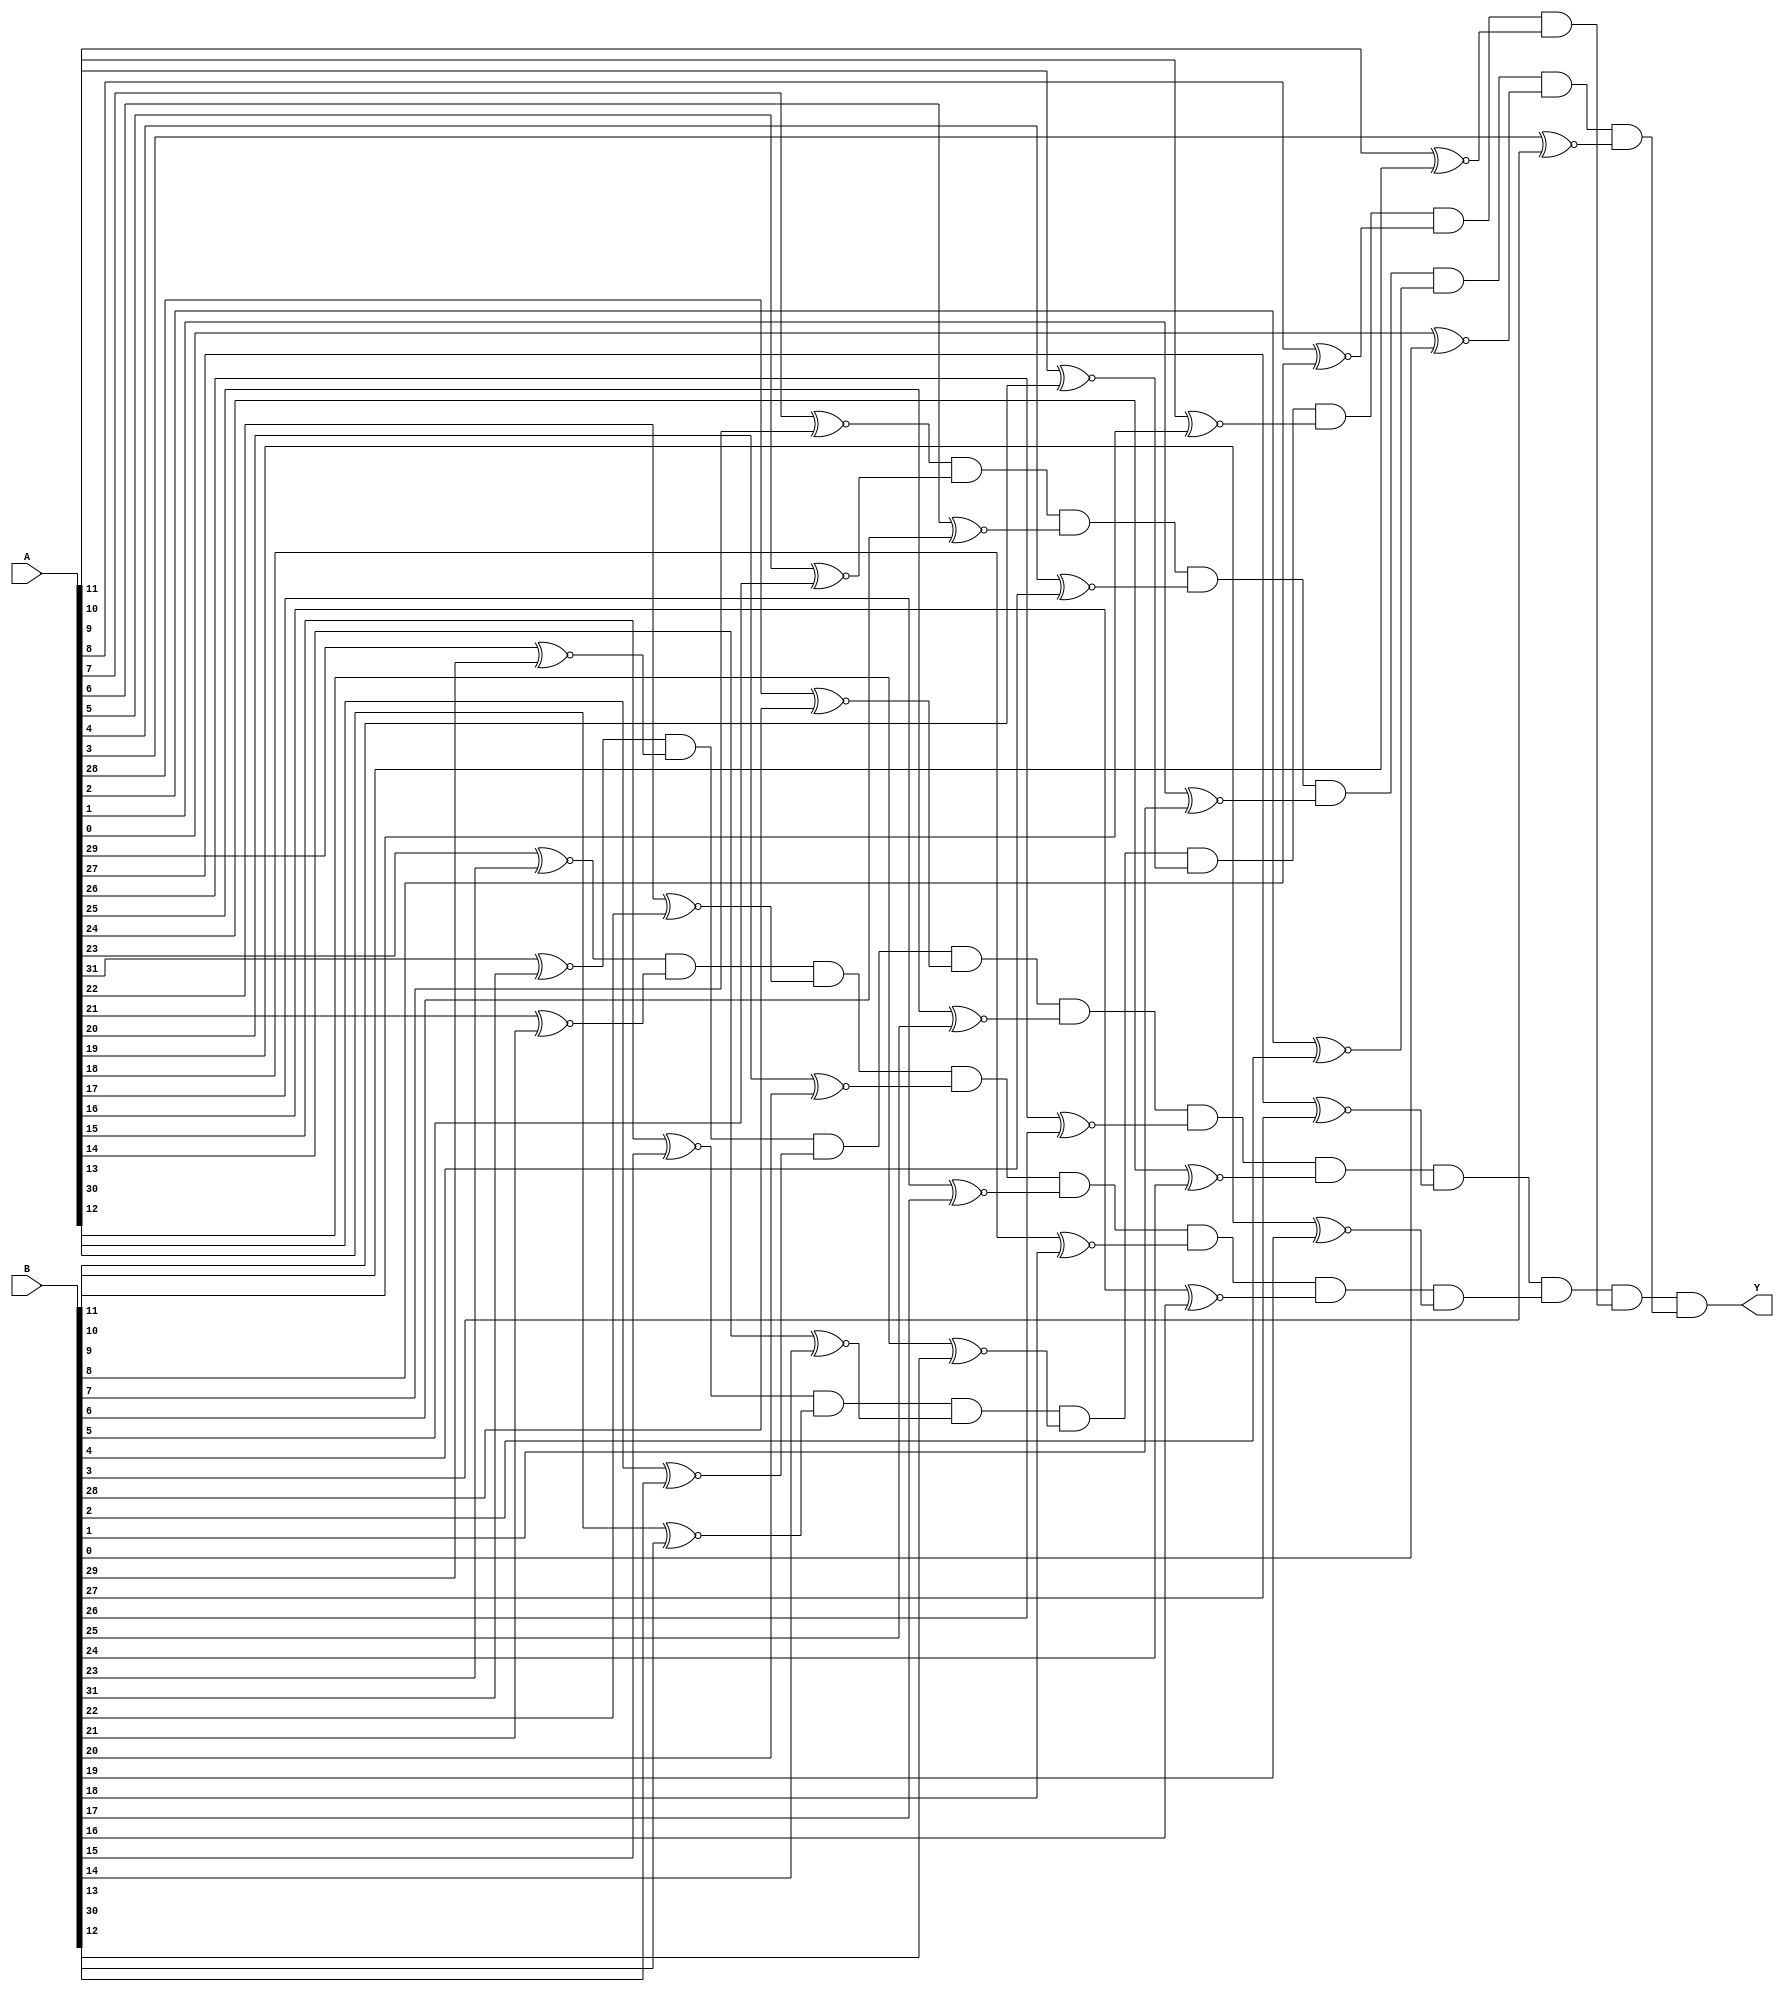
// This program was cloned from: https://github.com/FIUSCIS-CDA/CPU_Pipelined
// License: MIT License

// Copyright (C) 2020  Intel Corporation. All rights reserved.
// Your use of Intel Corporation's design tools, logic functions 
// and other software and tools, and any partner logic 
// functions, and any output files from any of the foregoing 
// (including device programming or simulation files), and any 
// associated documentation or information are expressly subject 
// to the terms and conditions of the Intel Program License 
// Subscription Agreement, the Intel Quartus Prime License Agreement,
// the Intel FPGA IP License Agreement, or other applicable license
// agreement, including, without limitation, that your use is for
// the sole purpose of programming logic devices manufactured by
// Intel and sold by Intel or its authorized distributors.  Please
// refer to the applicable agreement for further details, at
// https://fpgasoftware.intel.com/eula.

// PROGRAM		"Quartus Prime"
// VERSION		"Version 20.1.1 Build 720 11/11/2020 SJ Lite Edition"
// CREATED		"Wed Aug 17 11:43:30 2022"

module EQ_32(
	A,
	B,
	Y
);


input wire	[31:0] A;
input wire	[31:0] B;
output wire	Y;

wire	A00EQB00;
wire	A01EQB01;
wire	A02EQB02;
wire	A03EQB03;
wire	A04EQB04;
wire	A05EQB05;
wire	A06EQB06;
wire	A07EQB07;
wire	A08EQB08;
wire	A09EQB09;
wire	A10EQB10;
wire	A11EQB11;
wire	A12EQB12;
wire	A13EQB13;
wire	A14EQB14;
wire	A15EQB15;
wire	A16EQB16;
wire	A17EQB17;
wire	A18EQB18;
wire	A19EQB19;
wire	A20EQB20;
wire	A21EQB21;
wire	A22EQB22;
wire	A23EQB23;
wire	A24EQB24;
wire	A25EQB25;
wire	A26EQB26;
wire	A27EQB27;
wire	A28EQB28;
wire	A29EQB29;
wire	A30EQB30;
wire	A31EQB31;
wire	lower8EQ;
wire	second8EQ;
wire	third8EQ;
wire	upper8EQ;




assign	A31EQB31 = A[31] ~^ B[31];

assign	A22EQB22 = A[22] ~^ B[22];

assign	A21EQB21 = A[21] ~^ B[21];

assign	A20EQB20 = A[20] ~^ B[20];

assign	A19EQB19 = A[19] ~^ B[19];

assign	A18EQB18 = A[18] ~^ B[18];

assign	A17EQB17 = A[17] ~^ B[17];

assign	A16EQB16 = A[16] ~^ B[16];

assign	A15EQB15 = A[15] ~^ B[15];

assign	A14EQB14 = A[14] ~^ B[14];

assign	A13EQB13 = A[13] ~^ B[13];

assign	A30EQB30 = A[30] ~^ B[30];

assign	A12EQB12 = A[12] ~^ B[12];

assign	A11EQB11 = A[11] ~^ B[11];

assign	A10EQB10 = A[10] ~^ B[10];

assign	A09EQB09 = A[9] ~^ B[9];

assign	A08EQB08 = A[8] ~^ B[8];

assign	A07EQB07 = A[7] ~^ B[7];

assign	A06EQB06 = A[6] ~^ B[6];

assign	A05EQB05 = A[5] ~^ B[5];

assign	A04EQB04 = A[4] ~^ B[4];

assign	A03EQB03 = A[3] ~^ B[3];

assign	A28EQB28 = A[28] ~^ B[28];

assign	A02EQB02 = A[2] ~^ B[2];

assign	A01EQB01 = A[1] ~^ B[1];

assign	A00EQB00 = A[0] ~^ B[0];

assign	upper8EQ = A31EQB31 & A29EQB29 & A30EQB30 & A28EQB28 & A25EQB25 & A26EQB26 & A24EQB24 & A27EQB27;

assign	second8EQ = A23EQB23 & A21EQB21 & A22EQB22 & A20EQB20 & A17EQB17 & A18EQB18 & A16EQB16 & A19EQB19;

assign	third8EQ = A15EQB15 & A13EQB13 & A14EQB14 & A12EQB12 & A09EQB09 & A10EQB10 & A08EQB08 & A11EQB11;

assign	lower8EQ = A07EQB07 & A05EQB05 & A06EQB06 & A04EQB04 & A01EQB01 & A02EQB02 & A00EQB00 & A03EQB03;

assign	Y = upper8EQ & second8EQ & third8EQ & lower8EQ;

assign	A29EQB29 = A[29] ~^ B[29];

assign	A27EQB27 = A[27] ~^ B[27];

assign	A26EQB26 = A[26] ~^ B[26];

assign	A25EQB25 = A[25] ~^ B[25];

assign	A24EQB24 = A[24] ~^ B[24];

assign	A23EQB23 = A[23] ~^ B[23];


endmodule